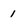
Character: 1